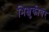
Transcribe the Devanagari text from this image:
भिक्षुकीवर